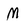
Character: M